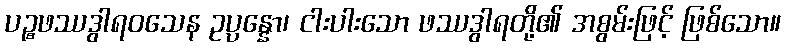
ပဉ္စဖဿဒွါရဝသေန ဥပ္ပန္နော၊ ငါးပါးသော ဖဿဒွါရတို့၏ အစွမ်းဖြင့် ဖြစ်သော။